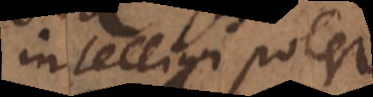
intelligi potest